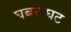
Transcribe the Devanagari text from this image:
घबराघट